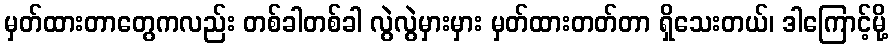
မှတ်ထားတာတွေကလည်း တစ်ခါတစ်ခါ လွဲလွဲမှားမှား မှတ်ထားတတ်တာ ရှိသေးတယ်၊ ဒါကြောင့်မို့